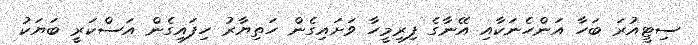
ސިޓީއުރަ ބަހާ އަންހެނަކާއި އޭނާގެ ފިރިމީހާ ވަށައިގެން ހަތިޔާރު ހިފައިގެން އަސްކަރީ ބަޔަކު